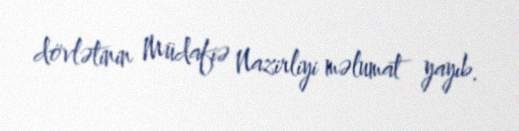
dövlətinin Müdafiə Nazirliyi məlumat yayıb.